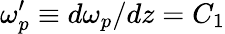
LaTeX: \omega_{p}^{\prime}\equiv d\omega_{p}/dz=C_{1}